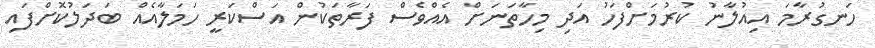
ހަނގުރާމަ އިއުލާނު ކުރުމަށްފަހު އަދި މިހާތަނަށް އެއްވެސް ފަރާތަކުން އަސްކަރީ ހަމަލާއެއް ބަދަލުކޮށްފައި